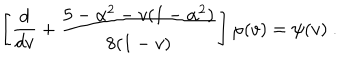
\left[ \frac { d } { d v } + \frac { 5 - \alpha ^ { 2 } - v ( 1 - \alpha ^ { 2 } ) } { 8 ( 1 - v ) } \right] \varphi ( v ) = \psi ( v ) ~ .